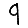
Digit: 9